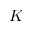
K